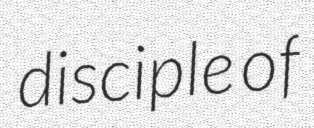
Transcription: disciple of